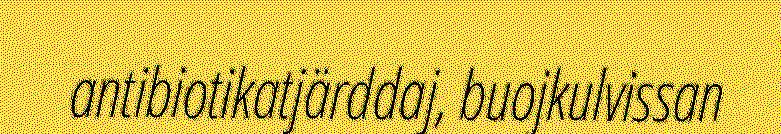
antibiotikatjärddaj, buojkulvissan